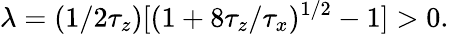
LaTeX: \lambda=(1/2\tau_{z})[(1+8\tau_{z}/\tau_{x})^{1/2}-1]>0.